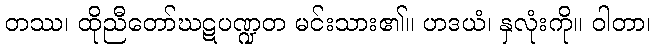
တဿ၊ ထိုညီတော်ဃဋပဏ္ဍတ မင်းသား၏။ ဟဒယံ၊ နှလုံးကို။ ဝါတာ၊